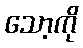
သော့ကို